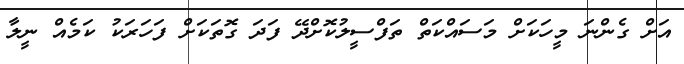
އަށް ގެންނަ މީހަކަށް މަސައްކަތް ތަފްސީލުކޮށްދޭ ފަދަ ގޮތަކަށް ފަހަރަކު ކަމެއް ނީލާ